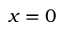
x = 0